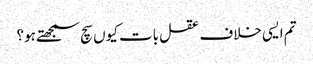
تم ایسی خلاف عقل بات کیوں سچ سمجھتے ہو؟